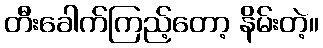
တီးခေါက်ကြည့်တော့ နိမ်းတဲ့။